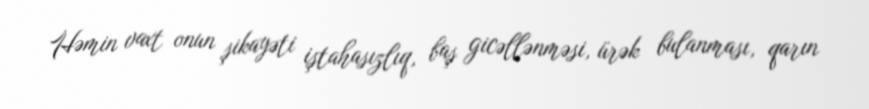
Həmin vaxt onun şikayəti iştahasızlıq, baş gicəllənməsi, ürək bulanması, qarın